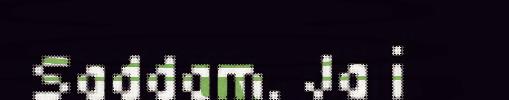
Saddam. Ja i